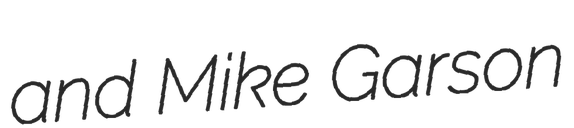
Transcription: and Mike Garson